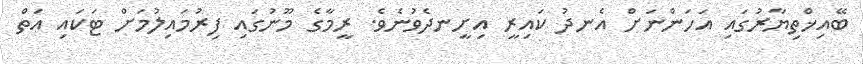
ބޭއިޚްތިޔާރުގައި އަހަންނަށް އެނދު ކައިރީ އިށީނދެވުނެވެ. ރީމާގެ މޫނުގައި ފިރުމައިލުމަށް ޓަކައި އަތް